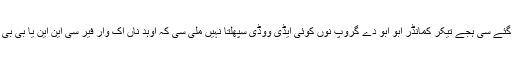
؎تن ورھے لنگھ گئے سی ہجے تیکر کمانڈر ابو ابو دے گروپ نوں کوئی ایڈی ووڈی سپھلتا نہیں ملی سی کہ اوہد ناں اک وار فیر سی این این یا بی بی سی تے سنیاجاندا۔